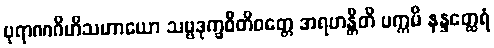
ပုရာဏဂိဟိသဟာယော သဗ္ဗဒုက္ခဝီတိဝတ္တေ အရဟန္တီတိ ပက္ကမိ နန္ဒတ္ထေရံ